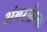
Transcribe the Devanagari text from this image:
अंथरलेल्या